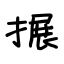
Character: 搌